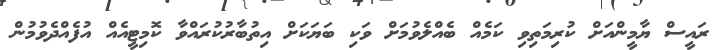
ރައީސް ޔާމީންއަށް ކުރިމަތިވި ކަމެއް ބެއްލެވުމަށް ވަކި ބަޔަކަށް އިތުބާރުކުރައްވާ ކޮމިޓީއެއް އުފެއްދެވުމުން